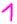
Text: 1